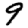
Digit: 9